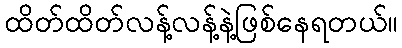
ထိတ်ထိတ်လန့်လန့်နဲ့ဖြစ်နေရတယ်။